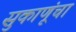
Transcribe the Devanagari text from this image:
सुकाणूंचा